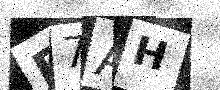
Text: B7AH